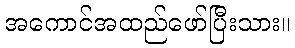
အကောင်အထည်ဖော်ပြီးသား။